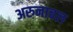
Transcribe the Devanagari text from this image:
अरुनाचल